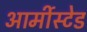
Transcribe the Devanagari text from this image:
आर्मीस्टेड